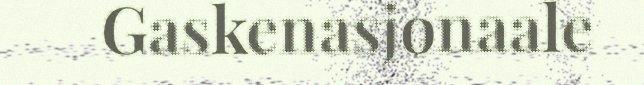
Gaskenasjonaale